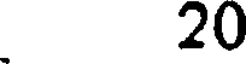
20